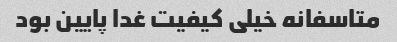
متاسفانه خیلی کیفیت غدا پایین بود